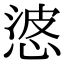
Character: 𭝙